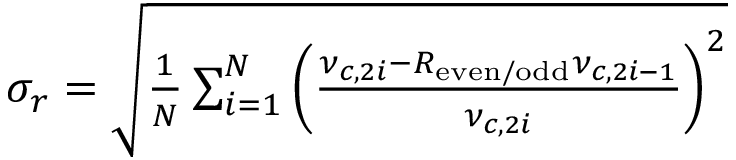
\begin{array} { r } { \sigma _ { r } = \sqrt { \frac { 1 } { N } \sum _ { i = 1 } ^ { N } \left( \frac { \nu _ { c , 2 i } - R _ { \mathrm { e v e n / o d d } } \nu _ { c , 2 i - 1 } } { \nu _ { c , 2 i } } \right) ^ { 2 } } } \end{array}